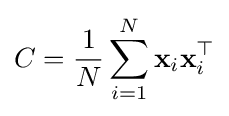
C={\frac {1}{N}}\sum _{i=1}^{N}\mathbf {x} _{i}\mathbf {x} _{i}^{\top }